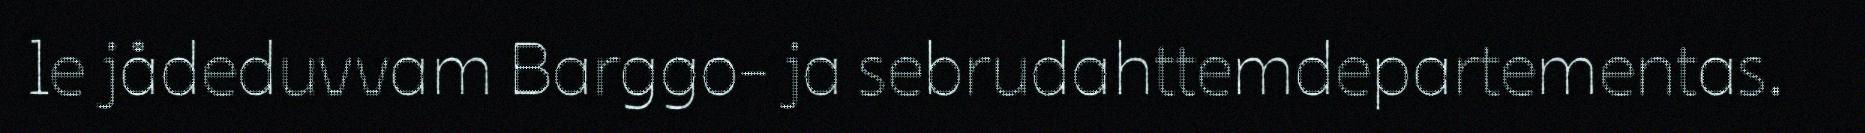
le jådeduvvam Barggo- ja sebrudahttemdepartementas.